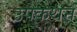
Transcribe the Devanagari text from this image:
उपकथन